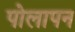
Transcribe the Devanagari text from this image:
पोलापन